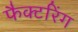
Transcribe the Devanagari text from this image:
फैक्टरिंग